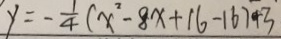
y = - \frac { 1 } { 4 } ( x ^ { 2 } - 8 x + 1 6 - 1 6 7 + 3